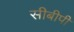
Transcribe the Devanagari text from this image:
सीबीपी